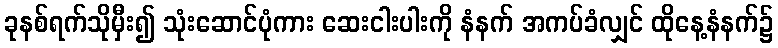
ခုနစ်ရက်သိုမှီး၍ သုံးဆောင်ပုံကား ဆေးငါးပါးကို နံနက် အကပ်ခံလျှင် ထိုနေ့နံနက်၌